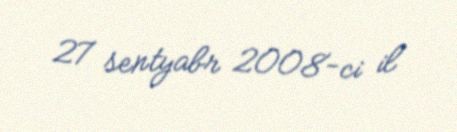
27 sentyabr 2008-ci il